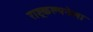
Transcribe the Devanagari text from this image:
राष्ट्रकल्पनेला